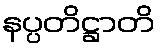
နပ္ပတိဋ္ဌာတိ